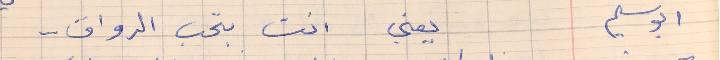
ابو سليم     يعني انت بحب الرواق . .